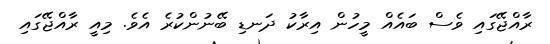
ރާއްޖޭގައި ވެސް ބައެއް މީހުން އިރާކު ދަނޑި ބޭނުންކުރެ އެވެ. މިއީ ރާއްޖޭގައި